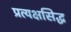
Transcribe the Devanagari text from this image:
प्रत्यक्षसिद्ध